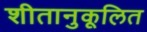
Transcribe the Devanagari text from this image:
शीतानुकूलित